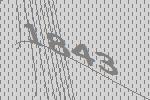
1843